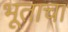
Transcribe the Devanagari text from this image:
भूताचा